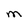
Character: M